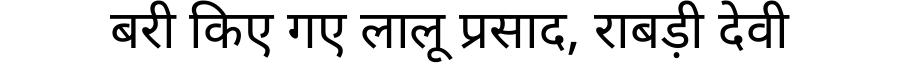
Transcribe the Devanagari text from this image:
बरी किए गए लालू प्रसाद, राबड़ी देवी